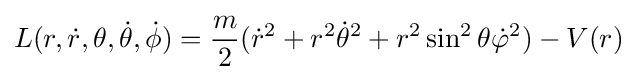
L(r,{\dot {r}},\theta ,{\dot {\theta }},{\dot {\phi }})={\frac {m}{2}}({\dot {r}}^{2}+{r}^{2}{\dot {\theta }}^{2}+r^{2}\sin ^{2}\theta {\dot {\varphi }}^{2})-V(r)